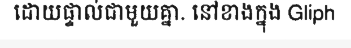
ដោយផ្ទាល់ជាមួយគ្នា. នៅខាងក្នុង Gliph